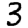
Digit: 3